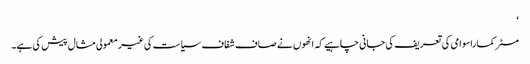
‘
مسٹر کماراسوامی کی تعریف کی جانی چاہیے کہ انھوں نے صاف شفاف سیاست کی غیر معمولی مثال پیش کی ہے۔